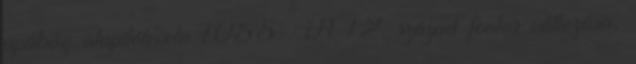
apátság alapítólevele 1055 . A 12. század fontos változása,